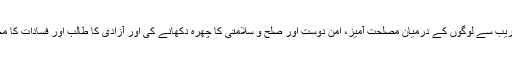
اس نے دھوکہ دھڑی اور فریب سے لوگوں کے درمیان مصلحت آمیز، امن دوست اور صلح و سلامتی کا چهرہ دکھانے کی اور آزادی کا طالب اور فسادات کا مخالف بتانے کی کوشش کی۔